Indian journal of veterinary science and animal husbandry - Volume 4,
Year: 1934
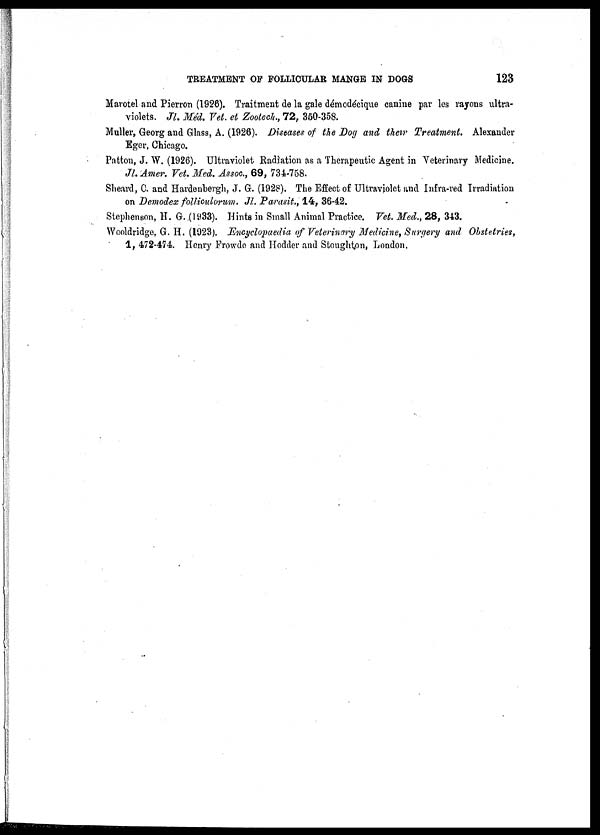
TREATMENT OF FOLLICULAR MANGE IN DOGS
123
Marotel and Pierron (1926). Traitment de la gale dénodécique canine par les rayons ultra-
violets. Jl. Méd. Vet. et Zootech., 72. 350-358.
Muller, Georg and Glass, A. (1926). Diseases of the Dog and their Treatment. Alexander
Eger, Chicago.
Patton, J. W. (1926). Ultraviolet Radiation as a Therapeutic Agent in Veterinary Medicine.
Jl. Amer. Vet. Med. Assoc, 69, 734-758.
Sheard, C. and Hardenbergh, J. G. (1928). The Effect of Ultraviolet and Infra-red Irradiation
on Demodex folliculorum. Jl Parasit., 14, 36-42.
Stephenson, H. G. (1933). Hints in Small Animal Practice. Vet. Med., 28, 343.
Wooldridge, G. H. (1923). Encyclopaedia of Veterinary Medicine, Surgery and Obstetries,
1, 472-474. Henry Frowde and Hodder and Stoughton, London.